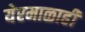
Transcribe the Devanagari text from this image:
येरमाळाही